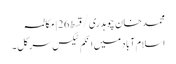
محمد خان چوہدری/قسط26 | مکالمہ
اسلام آباد میں اِنکم ٹیکس سرکل ۔